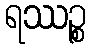
ရဿဉ္စ